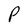
Character: P